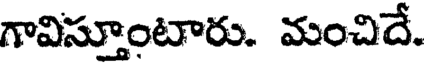
గావిస్తూంటారు. మంచిదే.